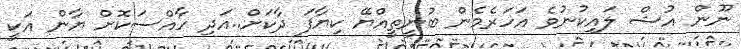
ނޫން އުޝް ލައިކުނުވެ އަހަރެމެން ބުނީތީއްޔޭ ކިޔާފަ ދާކަށް..އަދި ހާއްސަކޮށް ޔާން އަކީ